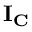
\mathbf { I _ { C } }